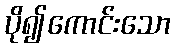
ပို၍ကောင်းသော